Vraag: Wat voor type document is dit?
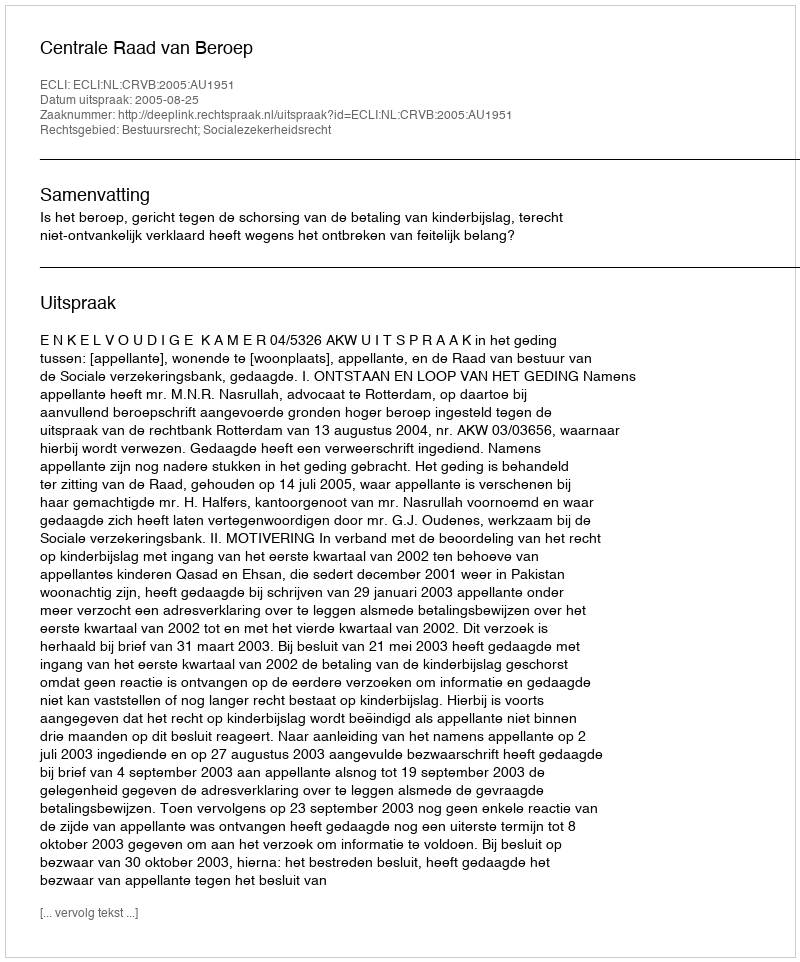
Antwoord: Uitspraak